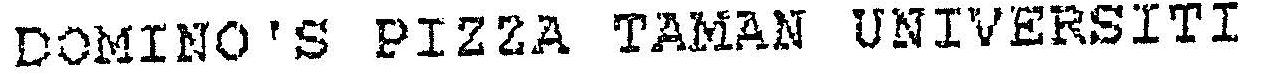
DOMINO'S PIZZA TAMAN UNIVERSITI